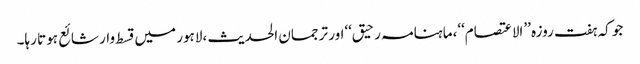
جو کہ ہفت روزہ ’’الاعتصام‘‘،ماہنامہ رحیق‘‘اور ترجمان الحدیث ،لاہور میں قسط وار شائع ہوتا رہا۔